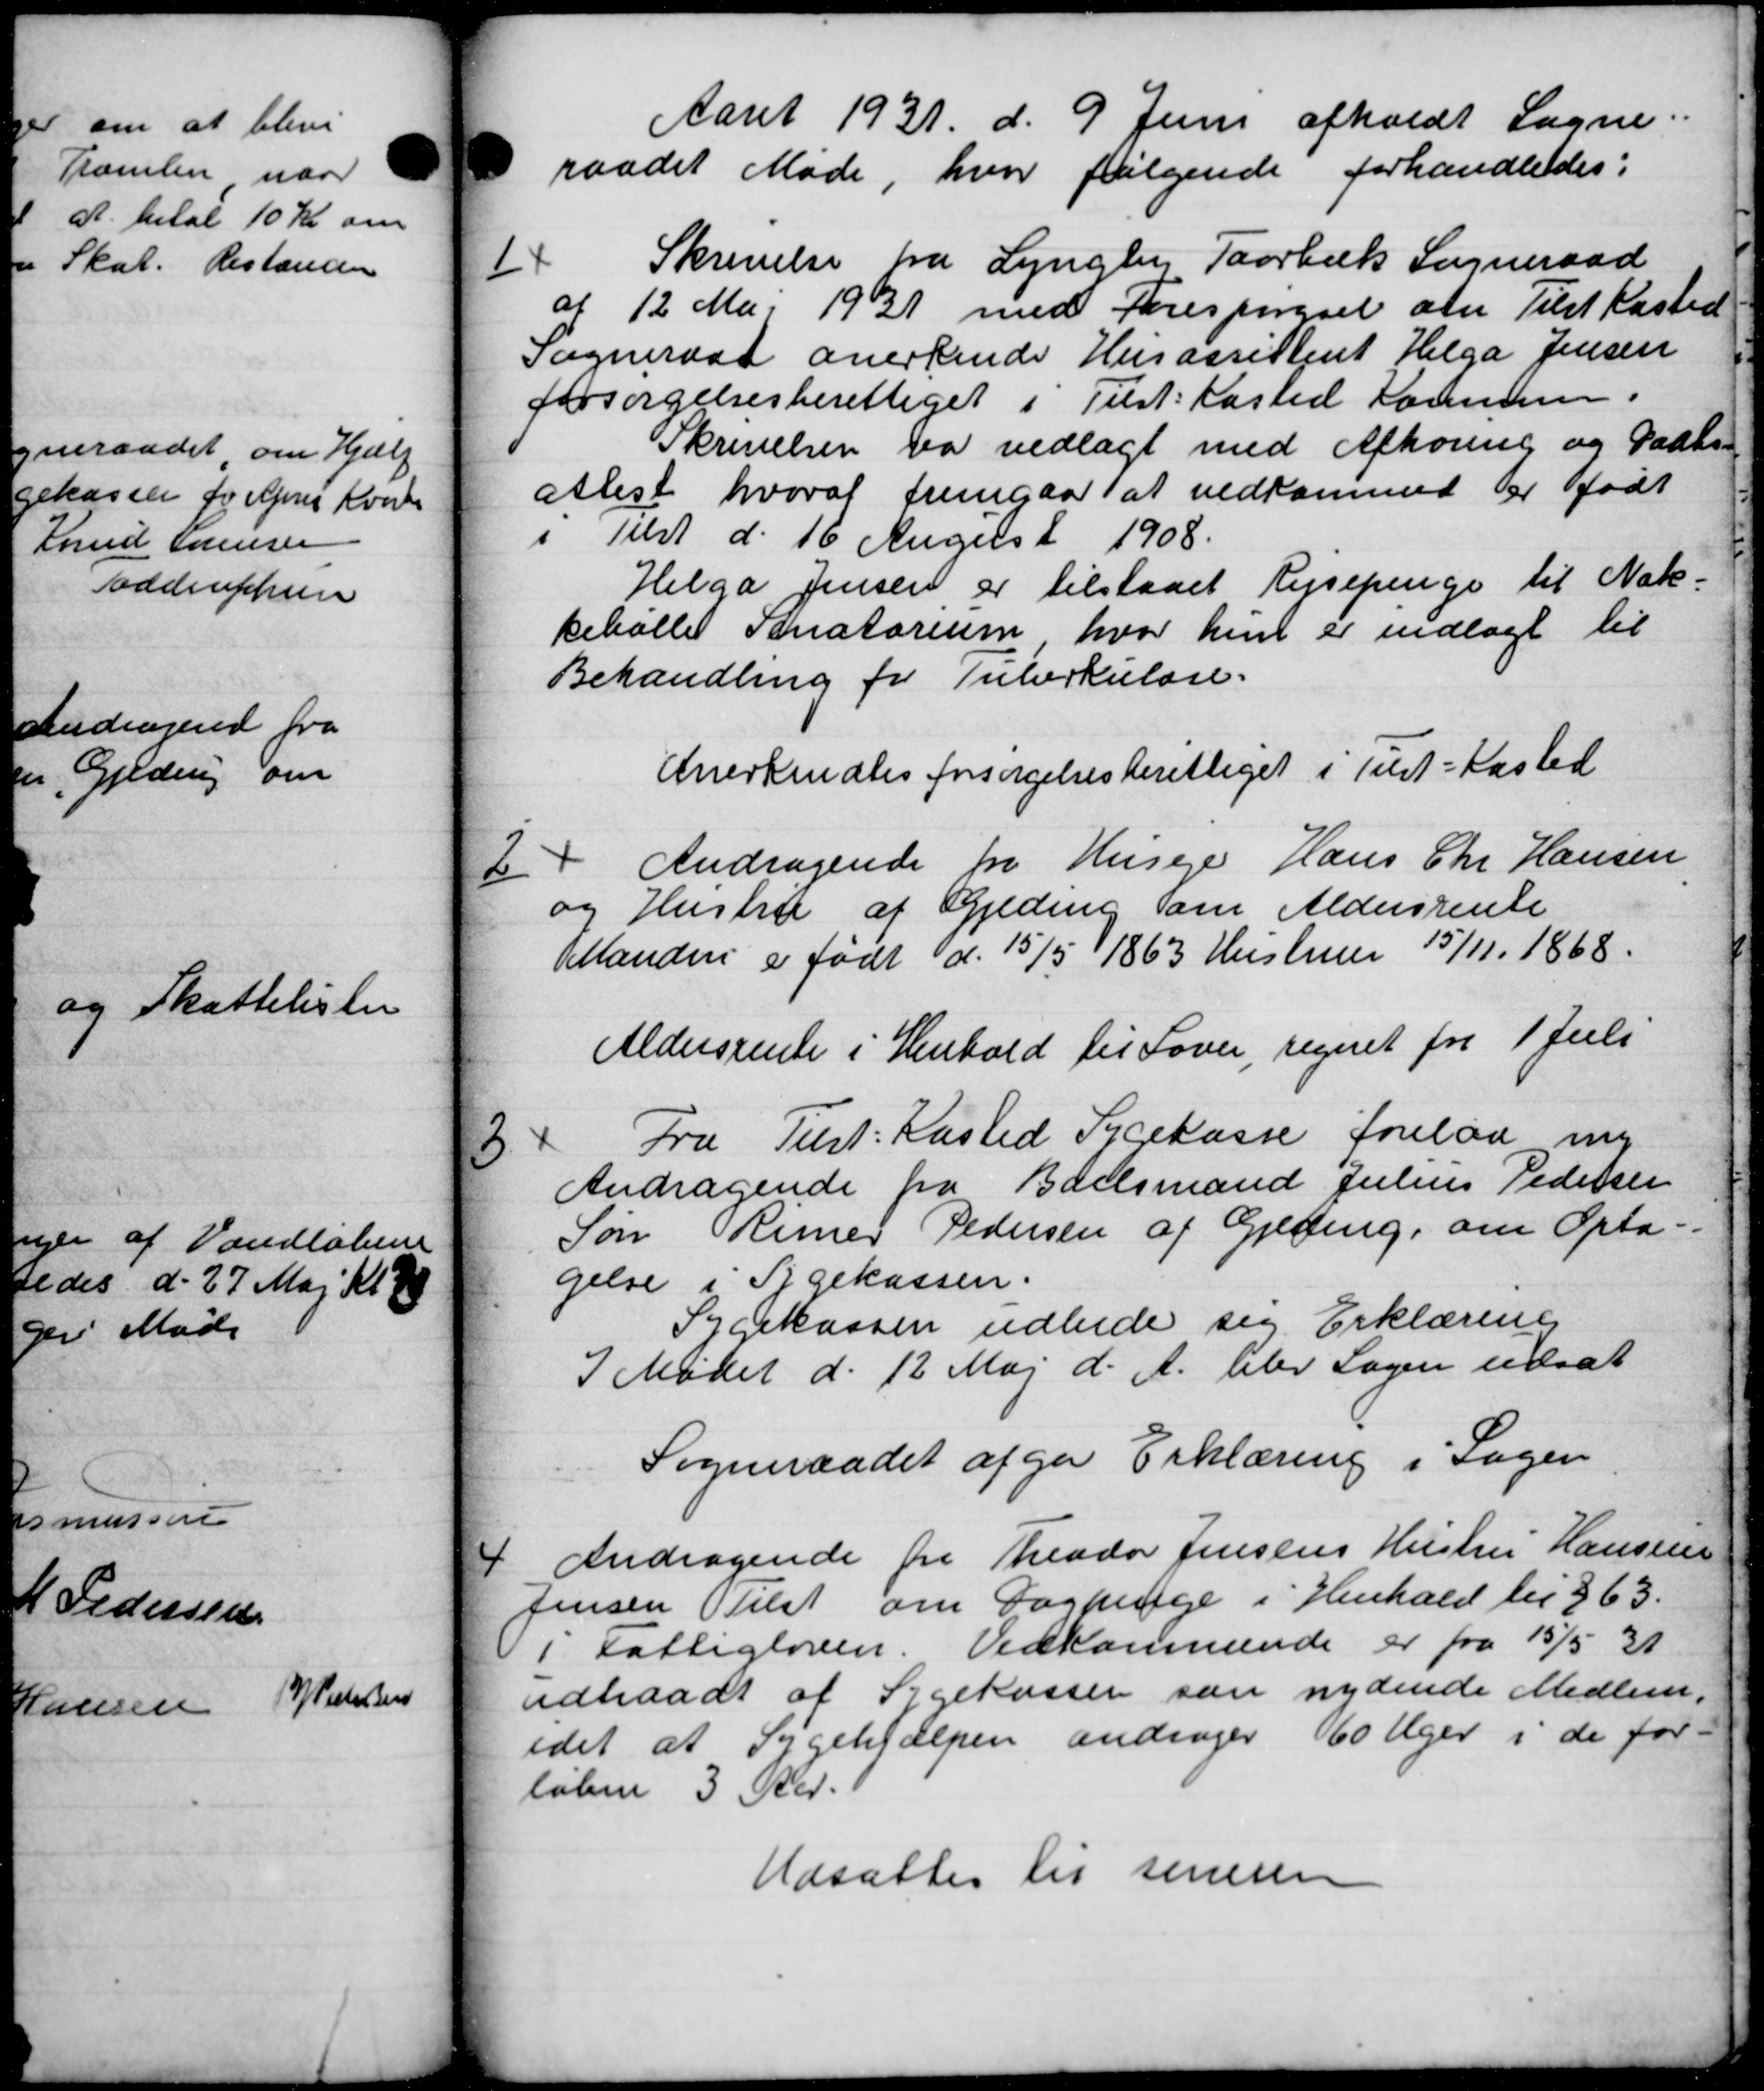
Transskription:
Aaret 1931 d. 9 Juni afholdt Sagne.
raadet Møde, hvor følgende forhandledes:
14
Skrivelse fra Lyngby Taarbæk Sogneraad
d 12 Maj 1931 med Forespørgsel om Tilst Kasted
Sogneraad anerkende Husassistent Helga Jensen
forsørgelsesberettiget i Tilst Kasted Kommune.
Skrivelsen va vedlagt med Afhøring og Paats-
atlest hvoraf fremgaa at vedkommet er født
Tilst d. 16 August 1908.
Helga Jensen er tilstaaet Rejsepenge til Næk-
beballe Sanatorium hvor hun er indlagt til
Behandling for Tuberkulose.
Anerkendtes forsørgelsesberettiget i Tilst-Kasted
2
Andragende fra Husejer Hans Chr Hansen
og Hustru af Gjeding om Aldersrente
Manden er født d. 15/5 1863 Hustruer 15/11. 1868.
Aldersrente i Henhold til Lover, regnet for 1 Juli
3.
Fra Turt: Kasted Sygekasse forelaa ing
Andragende fra Boelsmand Julius Pedersen
Søn Rimer Pedersen af Gjeding, om Opta-
gelse i Sygekassen.
Sygekassen udbede sig Erklæring
I Mødet d. 12 Maj d. A. blev Sagen udsat
Sogneraadet afgaa Erklæring i Sagen
4
Andragende fra Theodor Jensens Hustru Hansen
Jensen tilst om Fagpenge i Henhold til §63.
i Fattigloven. Vedkommende er fra 15/5 31
udtraadt af Sygekassen som nydende Medlem,
idet at Sygehjælpen andrager 60 Uger i de for-
løben 3 Kr.
Udsattes til seneren